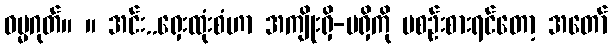
ဓမ္မဂုတ်။ ။ အင်း..ရှေးထုံးစံဟာ အကျိုးရှိ-မရှိကို မစဉ်းစားရင်တော့ အတော်